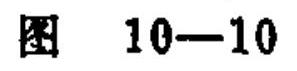
图 10—10